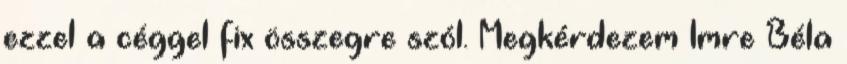
ezzel a céggel fix összegre szól. Megkérdezem Imre Béla